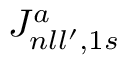
{ \cal J } _ { n l l ^ { \prime } , 1 s } ^ { a }